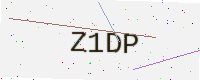
Text: Z1DP